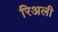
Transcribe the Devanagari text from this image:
रिअली